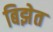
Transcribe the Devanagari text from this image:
बिझेत